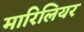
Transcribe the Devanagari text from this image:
मारिलियर